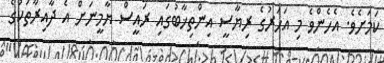
ކަމަށެވެ. އެހެންވެ މި އަހަރުގެ ރިޔާސީ އިންތިޚާބުގައި ރައީސް ޔާމީނަށް އެ ދާއިރާތަކުގެ